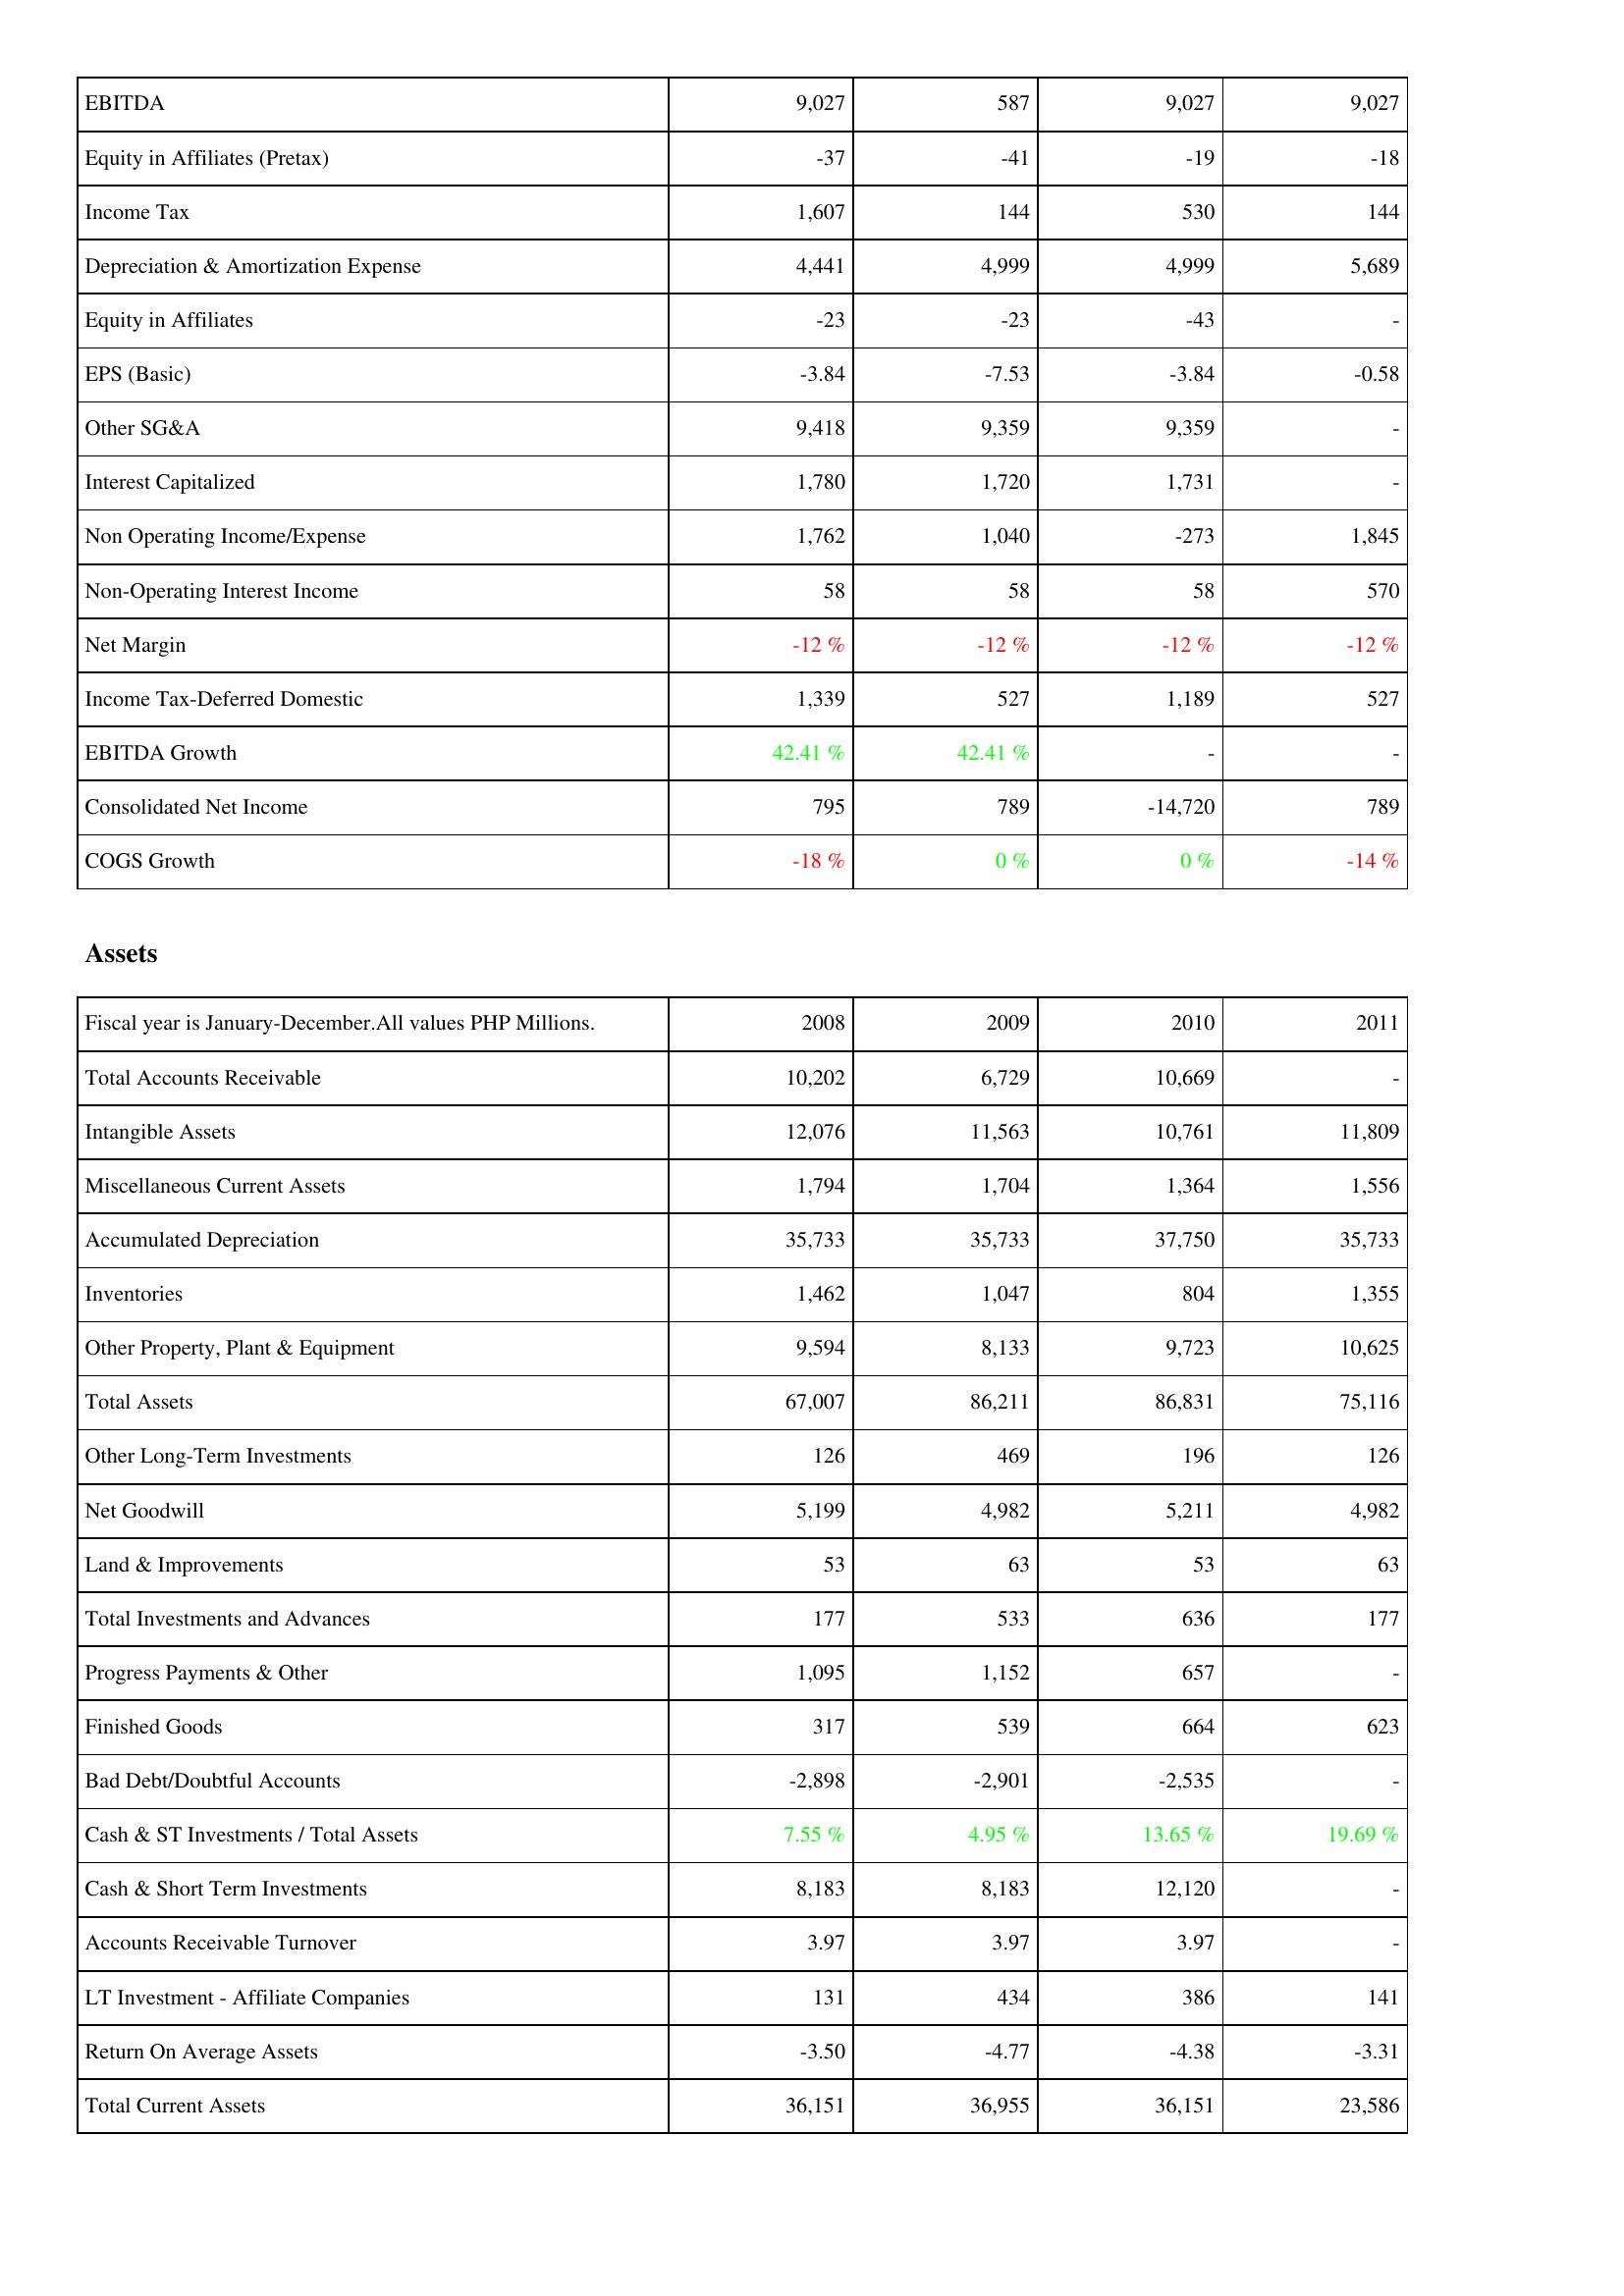
2008: Income Statement: EBITDA: 9,027
Equity in Affiliates (Pretax): -37
Income Tax: 1,607
Depreciation & Amortization Expense: 4,441
Equity in Affiliates: -23
EPS (Basic): -3.84
Other SG&A: 9,418
Interest Capitalized: 1,780
Non Operating Income/Expense: 1,762
Non-Operating Interest Income: 58
Net Margin: -12 %
Income Tax-Deferred Domestic: 1,339
EBITDA Growth: 42.41 %
Consolidated Net Income: 795
COGS Growth: -18 %
Assets: Total Accounts Receivable: 10,202
Intangible Assets: 12,076
Miscellaneous Current Assets: 1,794
Accumulated Depreciation: 35,733
Inventories: 1,462
Other Property, Plant & Equipment: 9,594
Total Assets: 67,007
Other Long-Term Investments: 126
Net Goodwill: 5,199
Land & Improvements: 53
Total Investments and Advances: 177
Progress Payments & Other: 1,095
Finished Goods: 317
Bad Debt/Doubtful Accounts: -2,898
Cash & ST Investments / Total Assets: 7.55 %
Cash & Short Term Investments: 8,183
Accounts Receivable Turnover: 3.97
LT Investment - Affiliate Companies: 131
Return On Average Assets: -3.50
Total Current Assets: 36,151
2009: Income Statement: EBITDA: 587
Equity in Affiliates (Pretax): -41
Income Tax: 144
Depreciation & Amortization Expense: 4,999
Equity in Affiliates: -23
EPS (Basic): -7.53
Other SG&A: 9,359
Interest Capitalized: 1,720
Non Operating Income/Expense: 1,040
Non-Operating Interest Income: 58
Net Margin: -12 %
Income Tax-Deferred Domestic: 527
EBITDA Growth: 42.41 %
Consolidated Net Income: 789
COGS Growth: 0 %
Assets: Total Accounts Receivable: 6,729
Intangible Assets: 11,563
Miscellaneous Current Assets: 1,704
Accumulated Depreciation: 35,733
Inventories: 1,047
Other Property, Plant & Equipment: 8,133
Total Assets: 86,211
Other Long-Term Investments: 469
Net Goodwill: 4,982
Land & Improvements: 63
Total Investments and Advances: 533
Progress Payments & Other: 1,152
Finished Goods: 539
Bad Debt/Doubtful Accounts: -2,901
Cash & ST Investments / Total Assets: 4.95 %
Cash & Short Term Investments: 8,183
Accounts Receivable Turnover: 3.97
LT Investment - Affiliate Companies: 434
Return On Average Assets: -4.77
Total Current Assets: 36,955
2010: Income Statement: EBITDA: 9,027
Equity in Affiliates (Pretax): -19
Income Tax: 530
Depreciation & Amortization Expense: 4,999
Equity in Affiliates: -43
EPS (Basic): -3.84
Other SG&A: 9,359
Interest Capitalized: 1,731
Non Operating Income/Expense: -273
Non-Operating Interest Income: 58
Net Margin: -12 %
Income Tax-Deferred Domestic: 1,189
EBITDA Growth: -
Consolidated Net Income: -14,720
COGS Growth: 0 %
Assets: Total Accounts Receivable: 10,669
Intangible Assets: 10,761
Miscellaneous Current Assets: 1,364
Accumulated Depreciation: 37,750
Inventories: 804
Other Property, Plant & Equipment: 9,723
Total Assets: 86,831
Other Long-Term Investments: 196
Net Goodwill: 5,211
Land & Improvements: 53
Total Investments and Advances: 636
Progress Payments & Other: 657
Finished Goods: 664
Bad Debt/Doubtful Accounts: -2,535
Cash & ST Investments / Total Assets: 13.65 %
Cash & Short Term Investments: 12,120
Accounts Receivable Turnover: 3.97
LT Investment - Affiliate Companies: 386
Return On Average Assets: -4.38
Total Current Assets: 36,151
2011: Income Statement: EBITDA: 9,027
Equity in Affiliates (Pretax): -18
Income Tax: 144
Depreciation & Amortization Expense: 5,689
Equity in Affiliates: -
EPS (Basic): -0.58
Other SG&A: -
Interest Capitalized: -
Non Operating Income/Expense: 1,845
Non-Operating Interest Income: 570
Net Margin: -12 %
Income Tax-Deferred Domestic: 527
EBITDA Growth: -
Consolidated Net Income: 789
COGS Growth: -14 %
Assets: Total Accounts Receivable: -
Intangible Assets: 11,809
Miscellaneous Current Assets: 1,556
Accumulated Depreciation: 35,733
Inventories: 1,355
Other Property, Plant & Equipment: 10,625
Total Assets: 75,116
Other Long-Term Investments: 126
Net Goodwill: 4,982
Land & Improvements: 63
Total Investments and Advances: 177
Progress Payments & Other: -
Finished Goods: 623
Bad Debt/Doubtful Accounts: -
Cash & ST Investments / Total Assets: 19.69 %
Cash & Short Term Investments: -
Accounts Receivable Turnover: -
LT Investment - Affiliate Companies: 141
Return On Average Assets: -3.31
Total Current Assets: 23,586